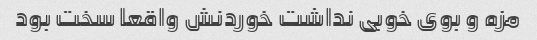
مزه و بوی خوبی نداشت خوردنش واقعا سخت بود